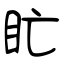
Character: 盳